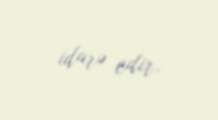
idarə edir.